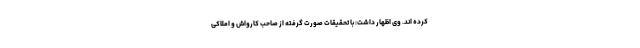
کرده اند. وی اظهار داشت: با تحقیقات صورت گرفته از صاحب کارواش و املاکی